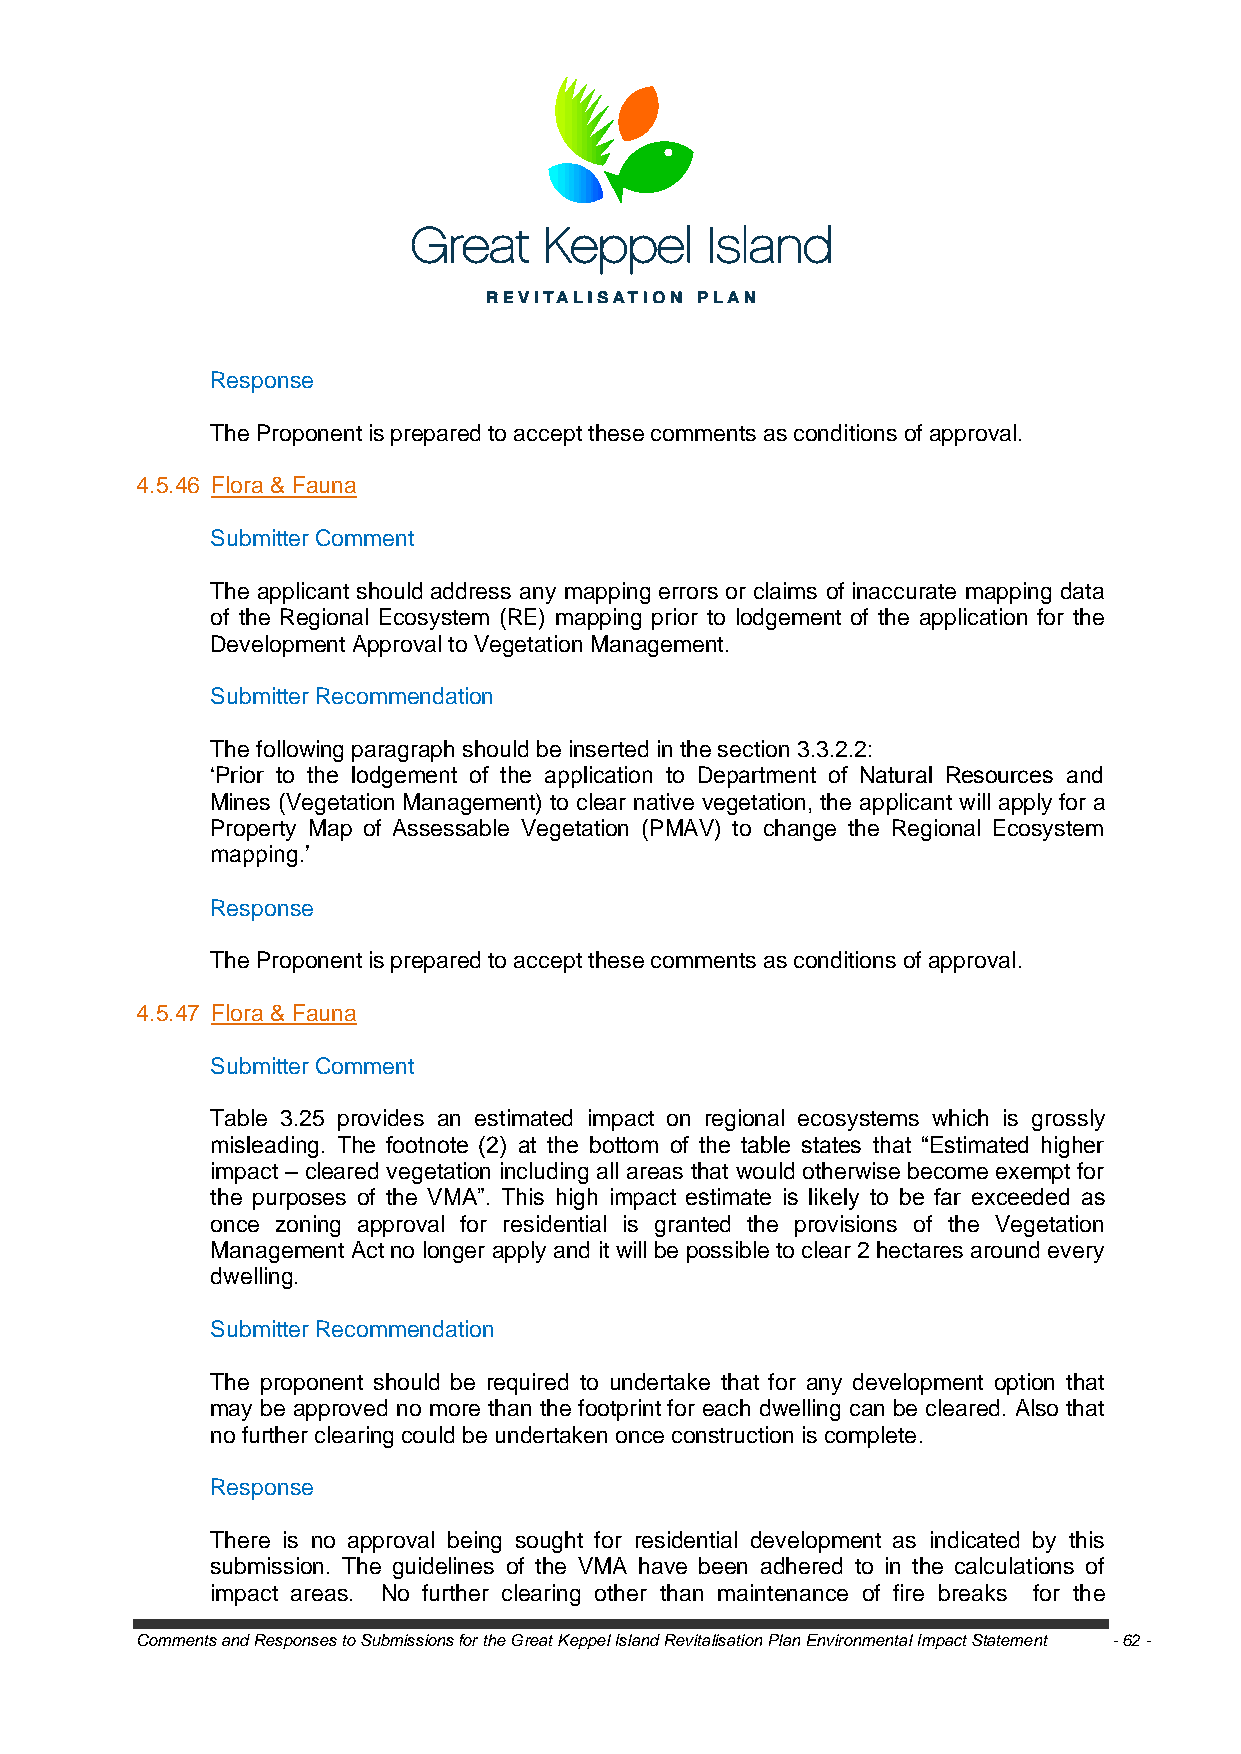
Response
 The Proponent is prepared to accept these comments as conditions of approval.
 4.5.46 Flora & Fauna
 Submitter Comment
 The applicant should address any mapping errors or claims of inaccurate mapping data
 of the Regional Ecosystem (RE) mapping prior to lodgement of the application for the
 Development Approval to Vegetation Management.
 Submitter Recommendation
 The following paragraph should be inserted in the section 3.3.2.2:
 ‗Prior to the lodgement of the application to Department of Natural Resources and
 Mines (Vegetation Management) to clear native vegetation, the applicant will apply for a
 Property Map of Assessable Vegetation (PMAV) to change the Regional Ecosystem
 mapping.‘
 Response
 The Proponent is prepared to accept these comments as conditions of approval.
 4.5.47 Flora & Fauna
 Submitter Comment
 Table 3.25 provides an estimated impact on regional ecosystems which is grossly
 misleading. The footnote (2) at the bottom of the table states that ―Estimated higher
 impact – cleared vegetation including all areas that would otherwise become exempt for
 the purposes of the VMA‖. This high impact estimate is likely to be far exceeded as
 once zoning approval for residential is granted the provisions of the Vegetation
 Management Act no longer apply and it will be possible to clear 2 hectares around every
 dwelling.
 Submitter Recommendation
 The proponent should be required to undertake that for any development option that
 may be approved no more than the footprint for each dwelling can be cleared. Also that
 no further clearing could be undertaken once construction is complete.
 Response
 There is no approval being sought for residential development as indicated by this
 submission. The guidelines of the VMA have been adhered to in the calculations of
 impact areas. No further clearing other than maintenance of fire breaks for the
 Comments and Responses to Submissions for the Great Keppel Island Revitalisation Plan Environmental Impact Statement - 62 -